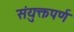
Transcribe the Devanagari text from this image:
संयुक्तपर्ण